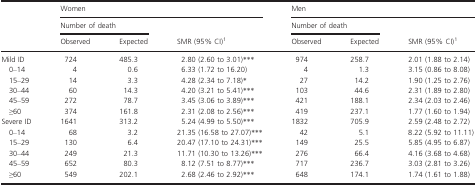
<table><thead><tr><td rowspan="3"></td><td colspan="3"><b>Women</b></td><td colspan="3"><b>Men</b></td></tr><tr><td colspan="2"><b>Number of death</b></td><td rowspan="2"><b>SMR (95% CI)a</b></td><td colspan="2"><b>Number of death</b></td><td rowspan="2"><b>SMR (95% CI)a</b></td></tr><tr><td><b>Observed</b></td><td><b>Expected</b></td><td><b>Observed</b></td><td><b>Expected</b></td></tr></thead><tbody><tr><td>Mild ID</td><td>724</td><td>485.3</td><td>2.80 (2.60 to 3.01)***</td><td>974</td><td>258.7</td><td>2.01 (1.88 to 2.14)</td></tr><tr><td>0–14</td><td>4</td><td>0.6</td><td>6.33 (1.72 to 16.20)</td><td>4</td><td>1.3</td><td>3.15 (0.86 to 8.08)</td></tr><tr><td>15–29</td><td>14</td><td>3.3</td><td>4.28 (2.34 to 7.18)*</td><td>27</td><td>14.2</td><td>1.90 (1.25 to 2.76)</td></tr><tr><td>30–44</td><td>60</td><td>14.3</td><td>4.20 (3.21 to 5.41)***</td><td>103</td><td>44.6</td><td>2.31 (1.89 to 2.80)</td></tr><tr><td>45–59</td><td>272</td><td>78.7</td><td>3.45 (3.06 to 3.89)***</td><td>421</td><td>188.1</td><td>2.34 (2.03 to 2.46)</td></tr><tr><td>≥60</td><td>374</td><td>161.8</td><td>2.31 (2.08 to 2.56)***</td><td>419</td><td>237.1</td><td>1.77 (1.60 to 1.94)</td></tr><tr><td>Severe ID</td><td>1641</td><td>313.2</td><td>5.24 (4.99 to 5.50)***</td><td>1832</td><td>705.9</td><td>2.59 (2.48 to 2.72)</td></tr><tr><td>0–14</td><td>68</td><td>3.2</td><td>21.35 (16.58 to 27.07)***</td><td>42</td><td>5.1</td><td>8.22 (5.92 to 11.11)</td></tr><tr><td>15–29</td><td>130</td><td>6.4</td><td>20.47 (17.10 to 24.31)***</td><td>149</td><td>25.5</td><td>5.85 (4.95 to 6.87)</td></tr><tr><td>30–44</td><td>249</td><td>21.3</td><td>11.71 (10.30 to 13.26)***</td><td>276</td><td>66.4</td><td>4.16 (3.68 to 4.68)</td></tr><tr><td>45–59</td><td>652</td><td>80.3</td><td>8.12 (7.51 to 8.77)***</td><td>717</td><td>236.7</td><td>3.03 (2.81 to 3.26)</td></tr><tr><td>≥60</td><td>549</td><td>202.1</td><td>2.68 (2.46 to 2.92)***</td><td>648</td><td>174.1</td><td>1.74 (1.61 to 1.88)</td></tr></tbody></table>